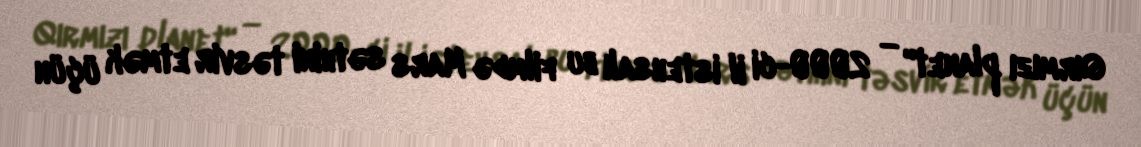
Qırmızı planet" — 2000-ci il istehsalı bu filmdə Mars səthini təsvir etmək üçün